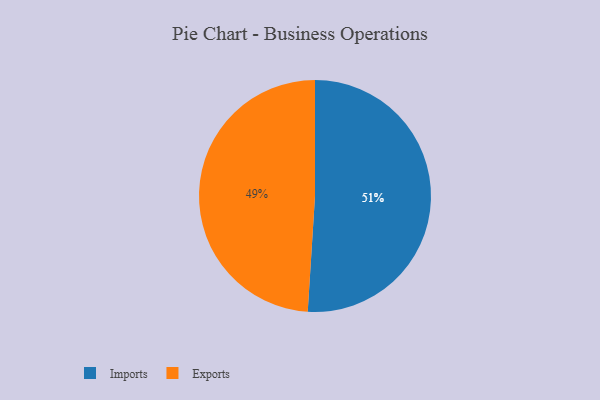
{"axis": {"x": "Category", "y": "Percentage"}, "legend": ["Exports", "Imports"], "data": [{"x": "Exports", "y": 49, "type": "Exports"}, {"x": "Imports", "y": 51, "type": "Imports"}]}